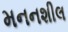
મનનશીલ